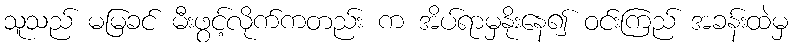
သူသည် မမြခင် မီးဖွင့်လိုက်ကတည်း က အိပ်ရာမှနိုးနေ၍ ဝင်းကြည် အခန်းထဲမှ